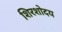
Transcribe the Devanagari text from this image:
शिरशोदय